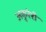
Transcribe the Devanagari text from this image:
अकुरेरी